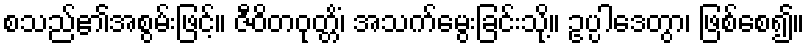
စသည်၏အစွမ်းဖြင့်။ ဇီဝိတဝုတ္တိံ၊ အသက်မွေးခြင်းသို့။ ဥပ္ပါဒေတွာ၊ ဖြစ်စေ၍။